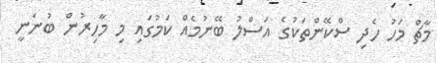
މާޗް މަހު ހެދި ސްކޭންތަކުގެ އަސްލު ބޭނުމެއް ކަމުގައި މި މާހިރުން ބުނަނީ